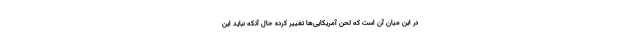
در این میان آن است که لحن آمریکایی‌ها تغییر کرده حال آنکه نباید این